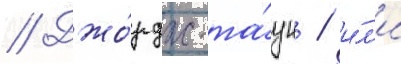
// Джо́рдж-та́ун / и́л'и